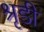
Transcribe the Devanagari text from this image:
श्रृडी